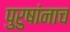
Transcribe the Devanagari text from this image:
पुरुषांनाच